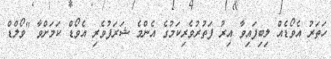
ހަތަރު އެވޯޑެއް ލިބިފައިވާ އިރު ފަތުރުވެރިކަމުގެ އެންމެ ޝަރަފުވެރި އެވޯޑް ކަމަށްވާ "ވޯލްޑް